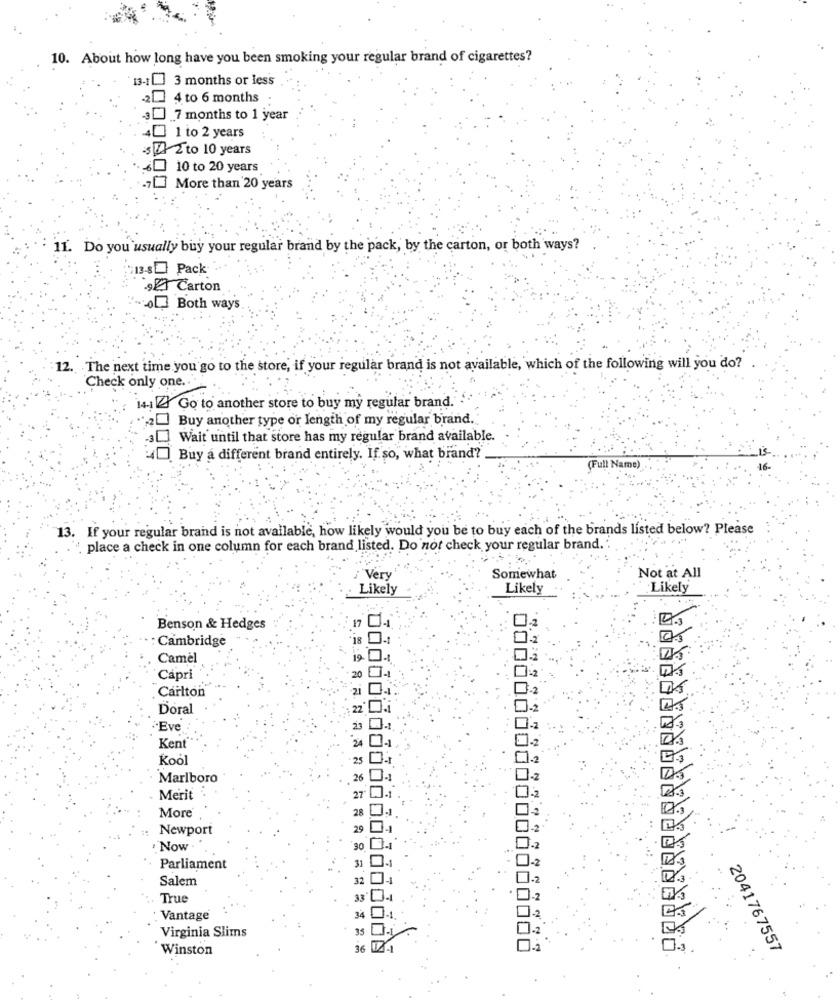
10. About how long have you been smoking your regular brand of cigarettes?
13-11 3 months or less
4 to 6 months :
.7 months to 1 year
1 to 2 years
sz 2 to 10 years
10 to 20 years
.... ] More than 20 years
11. Do you usually buy your regular brand by the pack, by the carton, or both ways?
13-SE Pack
Carton
4 Both ways
12. The next time you go to the store, if your regular brand is not available, which of the following will you do?
Check only one.
14.12 Go to another store to buy my regular brand. .
Buy another type or length of my regular brand.
Wait until that store has my regular brand available.
Buy a different brand entirely. If so, what brand?
(Full Name)
13. If your regular brand is not available, how likely would you be to buy each of the brands listed below? Please
place a check in one column for each brand listed. Do not check your regular brand ..
Very
Somewhat
Not at All
Likely
Likely
Likely
Benson & Hedges
17
: Cambridge
Camel
-1
Capri
]-2
Carlton
3.2
Doral
1-2
·Eve
1-2
Kent
Kool
-1
1.2
Marlboro
1-2
Merit
27"
1-2
28
12
More
Newport
29
Now
"90
1-1
Parliament
31
Salem
32
True
33
Vantage
34
Virginia Slims
Winston
36
2041767557